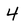
Character: 4